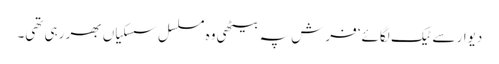
دیوار سے ٹیک لگائے‘ فرش پہ بیٹھی وہ مسلسل سسکیاں بھر رہی تھی۔